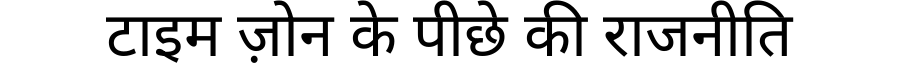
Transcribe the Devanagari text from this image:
टाइम ज़ोन के पीछे की राजनीति